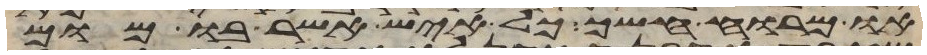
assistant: או מרוח אשך כל איש אשר בו מום